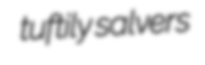
tuftily salvers